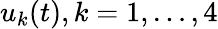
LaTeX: u_{k}(t),k=1,\dots,4